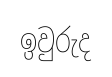
ඉවුරුද